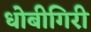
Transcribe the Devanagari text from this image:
धोबीगिरी